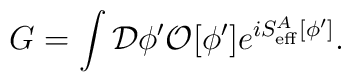
G=\int{\cal D}\phi^\prime{\cal O}[\phi^\prime]e^{iS^A_{\rm eff}[\phi^\prime]}.